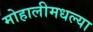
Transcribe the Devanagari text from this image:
मोहालीमधल्या